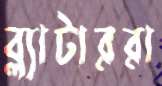
ব্ল্যাটাররা